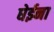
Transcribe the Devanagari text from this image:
घेईना